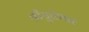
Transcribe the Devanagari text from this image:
श्रीयुक्तेश्वर